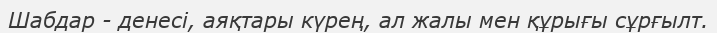
Шабдар - денесі, аяқтары күрең, ал жалы мен құрығы сұрғылт.